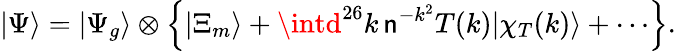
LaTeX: |\Psi\rangle=|\Psi_{g}\rangle\otimes\left\{ |\Xi_{m}\rangle+\intd^{26}k\, \mathsf{n}^{-k^{2}}T(k)|\chi_{T}(k)\rangle+\cdots\right\} .